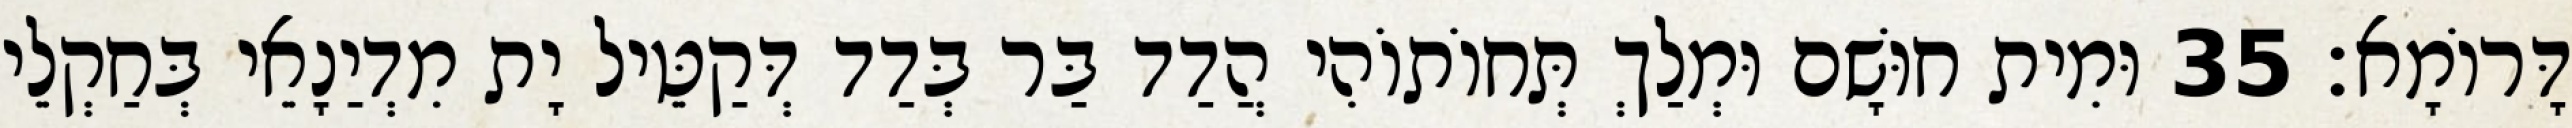
דָּרוֹמָא׃ 35 וּמִית חוּשָׁם וּמְלַךְ תְּחוֹתוֹהִי הֲדַד בַּר בְּדַד דְּקַטֵּיל יָת מִדְיַנָאֵי בְּחַקְלֵי